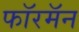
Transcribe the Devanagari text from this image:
फॉरमॅन